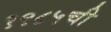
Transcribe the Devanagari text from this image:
१९८५ची